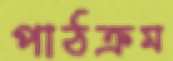
পাঠক্রম